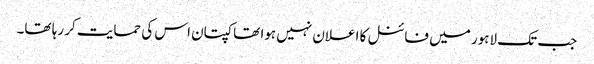
جب تک لاہور میں فائنل کا اعلان نہیں ہوا تھا کپتان اس کی حمایت کر رہا تھا۔